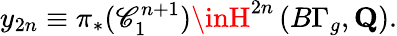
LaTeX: y_{2n}\equiv\pi_{*}(\mathscr{C}_{1}^{n+1})\inH^{2n}\left(B\Gamma_{g},{\mathbf{Q}}\right).